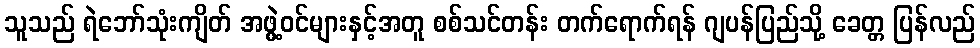
သူသည် ရဲဘော်သုံးကျိတ် အဖွဲ့ဝင်များနှင့်အတူ စစ်သင်တန်း တက်ရောက်ရန် ဂျပန်ပြည်သို့ ခေတ္တ ပြန်လည်